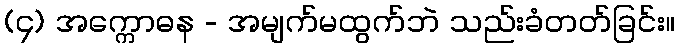
(၄) အက္ကောဓန - အမျက်မထွက်ဘဲ သည်းခံတတ်ခြင်း။